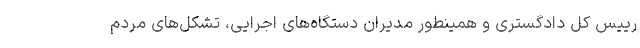
رییس کل دادگستری و همینطور مدیران دستگاه‌های اجرایی، تشکل‌های مردم